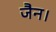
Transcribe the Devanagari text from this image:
जैन।